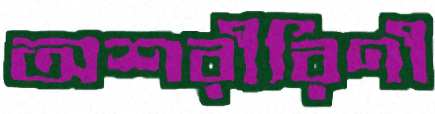
অশরীরিণী